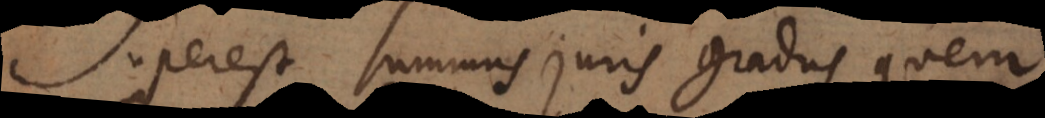
Superest summus juris gradus, quem